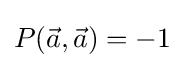
P({\vec {a}},{\vec {a}})=-1